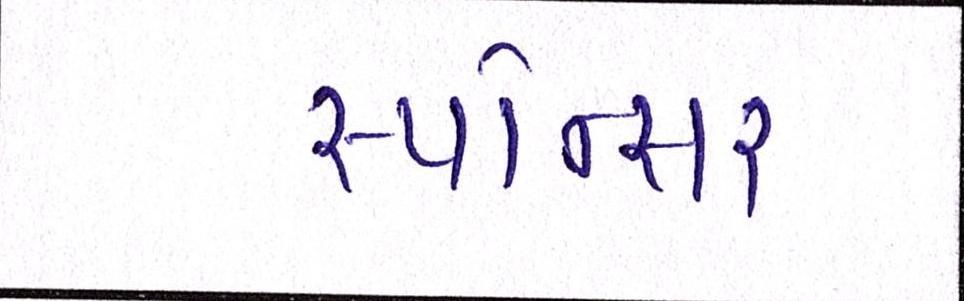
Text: સ્પોન્સર